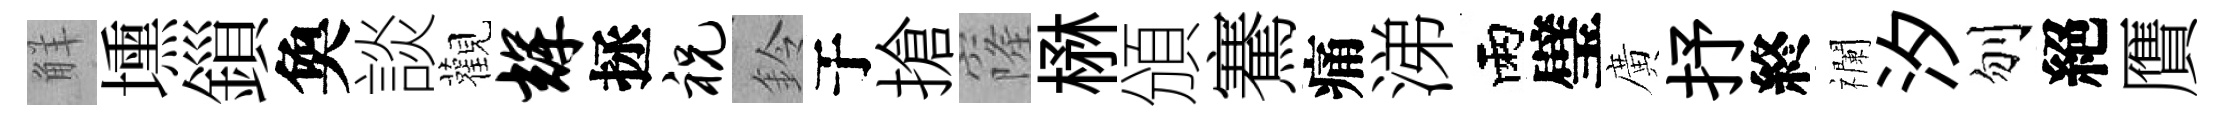
觧壎鎻奐談觀辉拯祝鈴于搶窿楙頒騫痛涕雨璧廣抒終襴汐刎絕贋